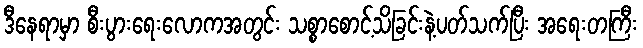
ဒီနေရာမှာ စီးပွားရေးလောကအတွင်း သစ္စာစောင့်သိခြင်းနဲ့ပတ်သက်ပြီး အရေးတကြီး